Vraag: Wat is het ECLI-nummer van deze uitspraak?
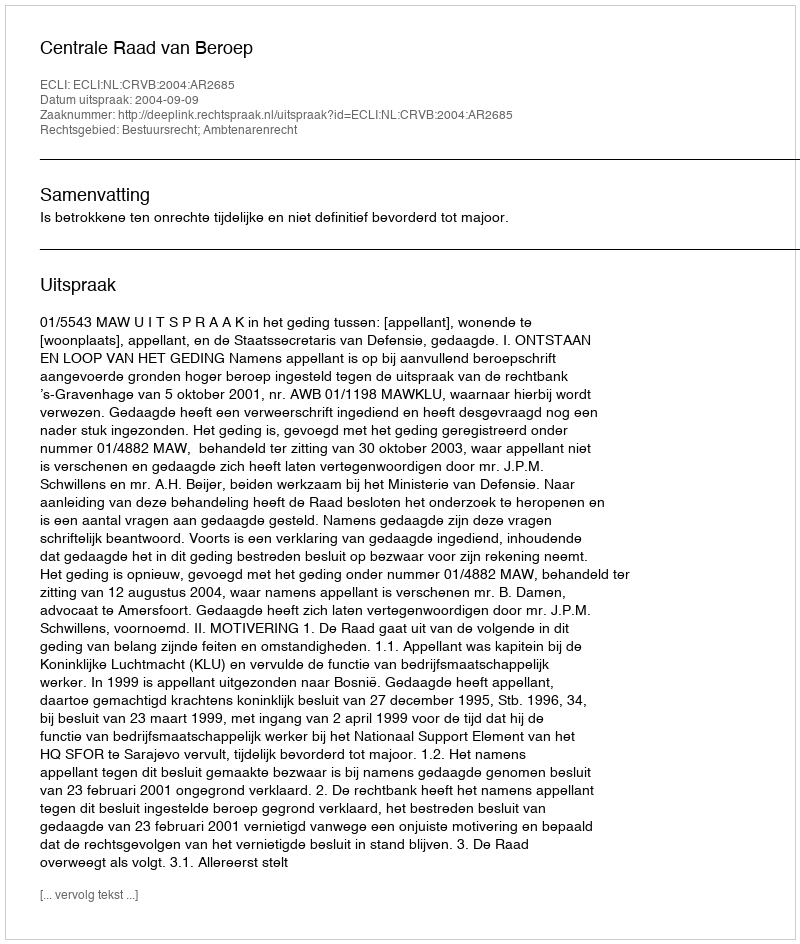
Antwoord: ECLI:NL:CRVB:2004:AR2685